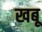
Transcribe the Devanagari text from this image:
खबू